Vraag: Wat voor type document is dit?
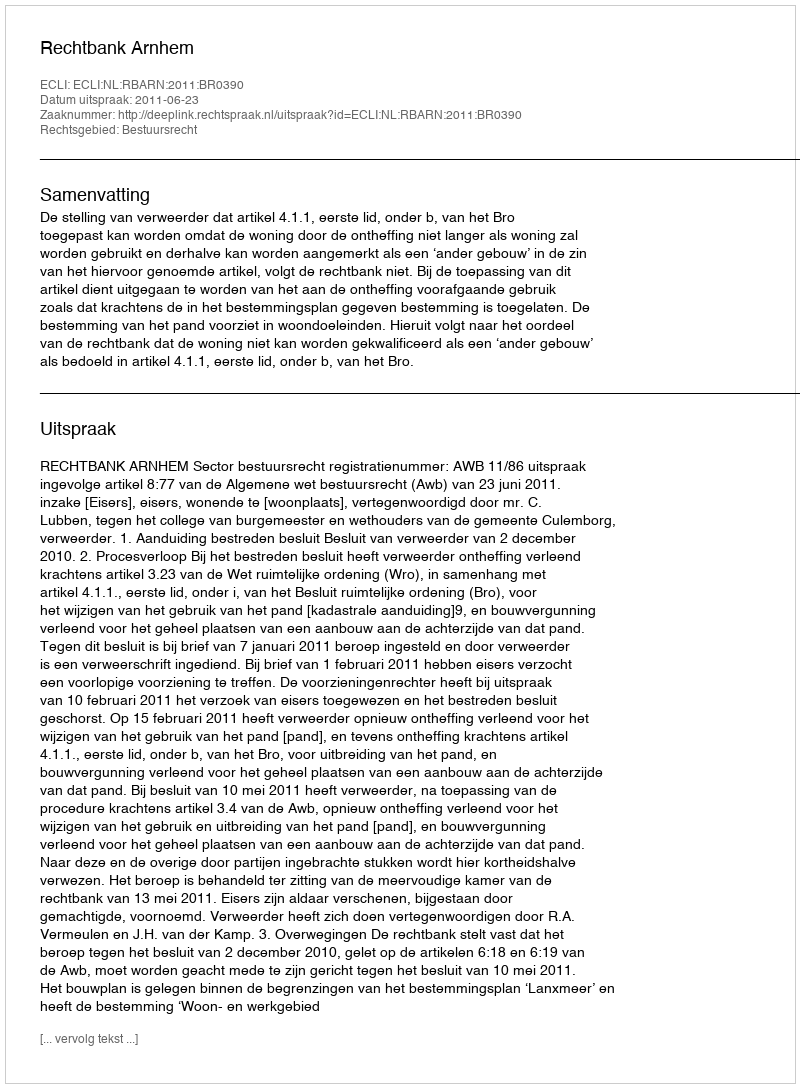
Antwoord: Uitspraak